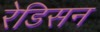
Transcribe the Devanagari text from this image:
रेडिसन